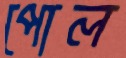
পোল